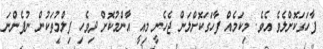
ފާހަގަކޮށްލެވެ އެވެ. މިކަމެއް ފާހަގަކޮށްލަން ޖެހެނީ މިއީ އާންމުކޮށް ދިވެހި ފިލްމުތަކުން ނުފެންނަ